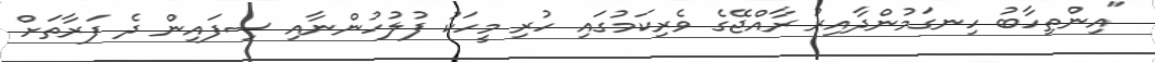
"އިންތިހާބު ހިނގަމުންދާއިރު ރާއްޖޭގެ ވެރިކަމުގައި ހުރި މީހަކު ފުލުހުންނާއި ސިފައިން ދެ ފަރާތަށް